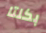
بكلتا